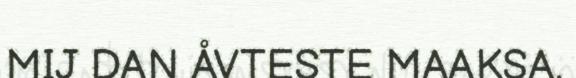
MIJ DAN ÅVTESTE MAAKSA.